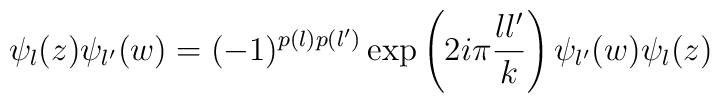
\psi_l(z)\psi_{l'}(w)=(-1)^{p(l)p(l')} \exp\left(2i\pi {ll'\over    k}\right) \psi_{l'}(w)\psi_l(z)